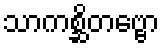
သာကစ္ဆိတဗ္ဗော